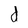
Character: d